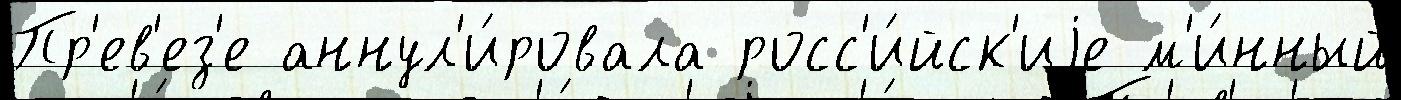
Пр'ев'ез'е аннул'и́ровала росс'и́йск'иjе м'и́нный